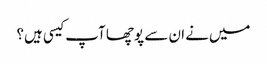
میں‌نے ان سے پوچھا آپ کیسی ہیں؟